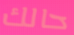
حالك